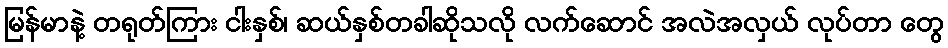
မြန်မာနဲ့ တရုတ်ကြား ငါးနှစ်၊ ဆယ်နှစ်တခါဆိုသလို လက်ဆောင် အလဲအလှယ် လုပ်တာ တွေ